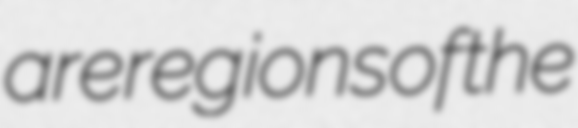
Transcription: are regions of the